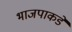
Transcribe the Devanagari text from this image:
भाजपाकडे